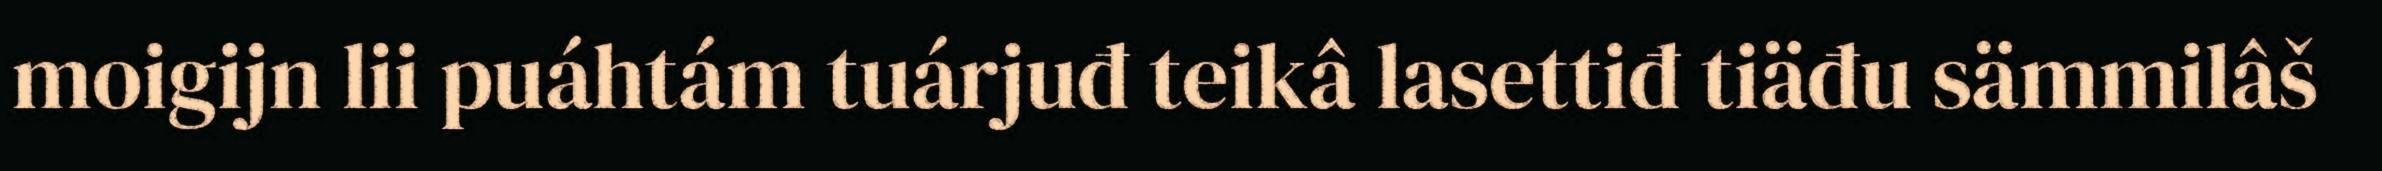
moigijn lii puáhtám tuárjuđ teikâ lasettiđ tiäđu sämmilâš